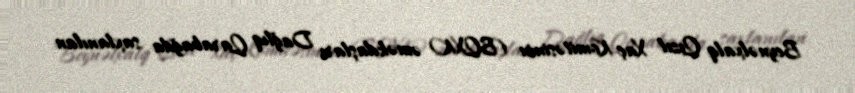
Beynəlxalq Qızıl Xaç Komitəsinin (BQXK) əməkdaşları Dağlıq Qarabağda saxlanılan